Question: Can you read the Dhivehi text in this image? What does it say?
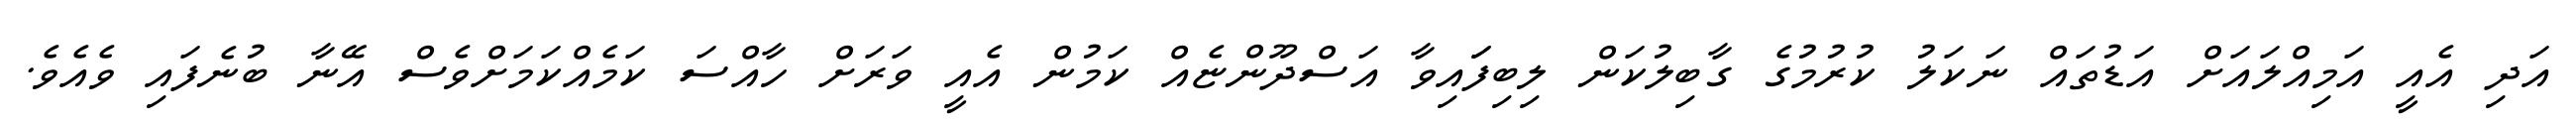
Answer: އަދި އެއީ އަމިއްލައަށް އަޑުތައް ނަކަލު ކުރުމުގެ ގާބިލުކަން ލިބިފަައިވާ އަސްދޫންޏެއް ކަމުން އެއީ ވަރަށް ހާއްސަ ކަމެއްކަމަށްވެސް އޭނާ ބުނެފައި ވެއެވެ.